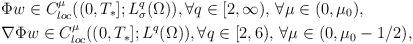
LaTeX: \begin{align*}&\Phi w\in C^{\mu}_{loc}((0,T_*]; L^q_\sigma(\Omega)), \forall q\in [2,\infty),\, \forall \mu\in (0,\mu_0), \\&\nabla\Phi w\in C^{\mu}_{loc}((0,T_*]; L^q(\Omega)), \forall q\in [2,6),\, \forall \mu\in (0,\mu_0-1/2),\end{align*}